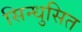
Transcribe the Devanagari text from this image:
सिन्धुसित